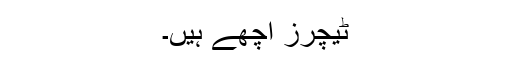
ٹیچرز اچھے ہیں۔